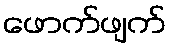
ဖောက်ဖျက်